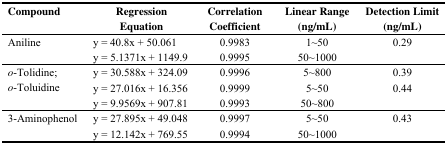
<table><thead><tr><td><b>Compound</b></td><td><b>Regression Equation</b></td><td><b>Correlation Coefficient</b></td><td><b>Linear Range (ng/mL)</b></td><td><b>Detection Limit (ng/mL)</b></td></tr></thead><tbody><tr><td rowspan="2">Aniline</td><td>y = 40.8x + 50.061</td><td>0.9983</td><td>1~50</td><td>0.29</td></tr><tr><td>y = 5.1371x + 1149.9</td><td>0.9995</td><td>50~1000</td><td></td></tr><tr><td rowspan="3"><i>o</i>-Tolidine; <i>o</i>-Toluidine</td><td>y = 30.588x + 324.09</td><td>0.9996</td><td>5~800</td><td>0.39</td></tr><tr><td>y = 27.016x + 16.356</td><td>0.9999</td><td>5~50</td><td>0.44</td></tr><tr><td>y = 9.9569x + 907.81</td><td>0.9993</td><td>50~800</td><td></td></tr><tr><td rowspan="2">3-Aminophenol</td><td>y = 27.895x + 49.048</td><td>0.9997</td><td>5~50</td><td>0.43</td></tr><tr><td>y = 12.142x + 769.55</td><td>0.9994</td><td>50~1000</td><td></td></tr></tbody></table>